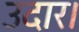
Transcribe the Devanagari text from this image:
उदार।